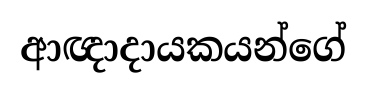
ආඥාදායකයන්ගේ